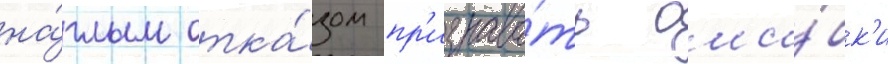
на́глым отка́зом пр'изнава́ть оши́бк'и